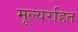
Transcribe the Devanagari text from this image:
मूल्यरहित